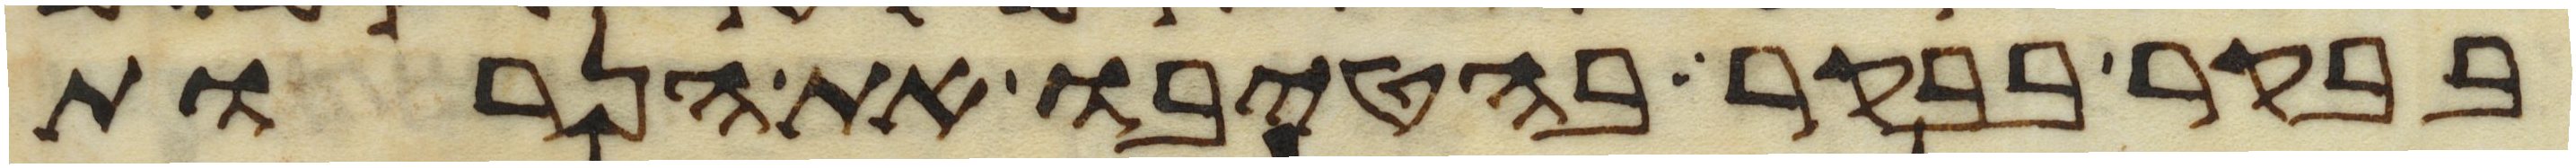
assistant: בבקר בבקר בהטיבו את הנרות